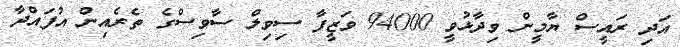
އަދި ރައީސް ޔާމީން ވިދާޅުވީ 94000 ވަޒީފާ ސިވިލް ސާވިސްގެ ތެރެއިން އުފައްދާ